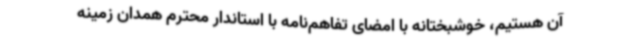
آن هستیم، خوشبختانه با امضای تفاهم‌نامه با استاندار محترم همدان زمینه